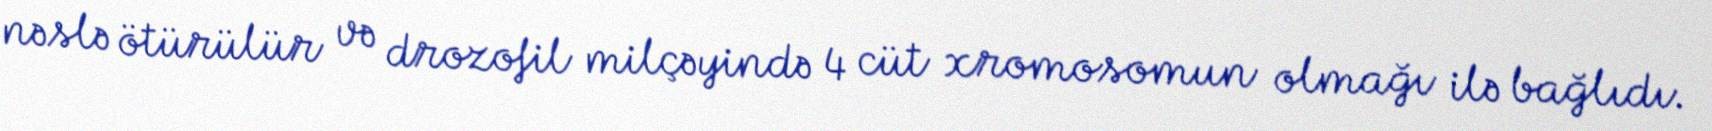
nəslə ötürülür və drozofil milçəyində 4 cüt xromosomun olmağı ilə bağlıdı.